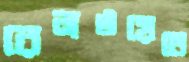
রেলওয়েতে